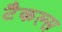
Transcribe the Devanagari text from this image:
टैकल्स